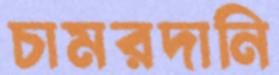
চামরদানি